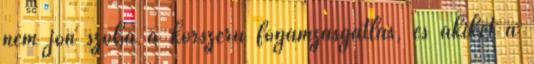
nem jön szóba a korszerű fogamzásgátlás, és akiket a